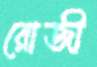
রোজী